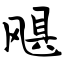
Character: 飓